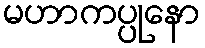
မဟာကပ္ပုနော